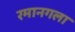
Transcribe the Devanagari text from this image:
रमानगला